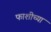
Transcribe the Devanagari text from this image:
फाशीच्या